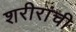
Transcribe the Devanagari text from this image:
शरीरांची